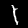
Digit: 1